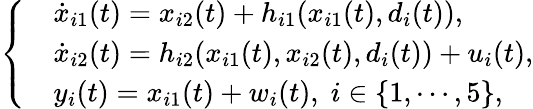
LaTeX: \left\{ \begin{array}{ll}&{\dot{x}_{i1}(t)=x_{i2}(t)+h_{i1}(x_{i1}(t),d_{i}(t)),}\\ &{\dot{x}_{i2}(t)=h_{i2}(x_{i1}(t),x_{i2}(t),d_{i}(t))+u_{i}(t),}\\ &{y_{i}(t)=x_{i1}(t)+w_{i}(t),\; i\in\{ 1,\cdots,5\} ,}\end{array}\right.